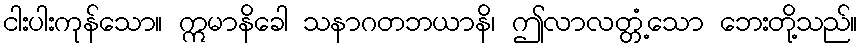
ငါးပါးကုန်သော။ ဣမာနိခေါ သနာဂတဘယာနိ၊ ဤလာလတ္တံ့သော ဘေးတို့သည်။